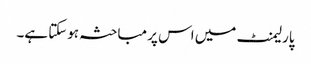
پارلیمنٹ میں اس پر مباحثہ ہوسکتا ہے۔